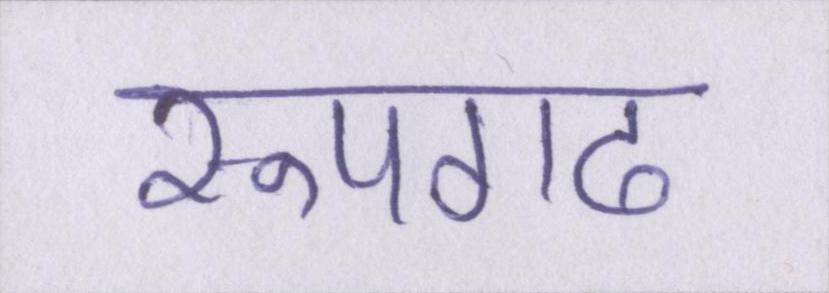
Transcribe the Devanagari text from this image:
रूपगढ